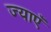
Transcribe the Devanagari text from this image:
ज्याएँ